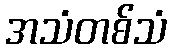
အသံတစ်သံ